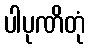
ပါပုဏိတုံ